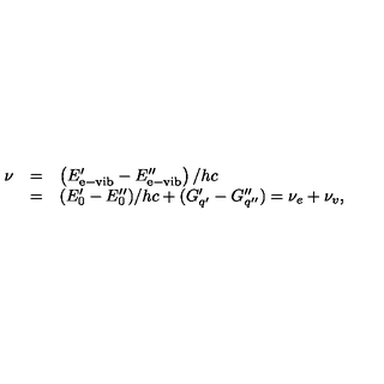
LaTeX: \begin{array} { r c l } { \nu } & { = } & { \left( E _ { \mathrm { e - v i b } } ^ { \prime } - E _ { \mathrm { e - v i b } } ^ { \prime \prime } \right) / h c } \\ { } & { = } & { ( E _ { 0 } ^ { \prime } - E _ { 0 } ^ { \prime \prime } ) / h c + ( G _ { q ^ { \prime } } ^ { \prime } - G _ { q ^ { \prime \prime } } ^ { \prime \prime } ) = \nu _ { e } + \nu _ { v } , } \\ \end{array}